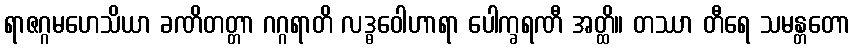
ရာဇဂ္ဂမဟေသိယာ ခဏိတတ္တာ ဂဂ္ဂရာတိ လဒ္ဓဝေါဟာရာ ပေါက္ခရဏီ အတ္ထိ။ တဿာ တီရေ သမန္တတော